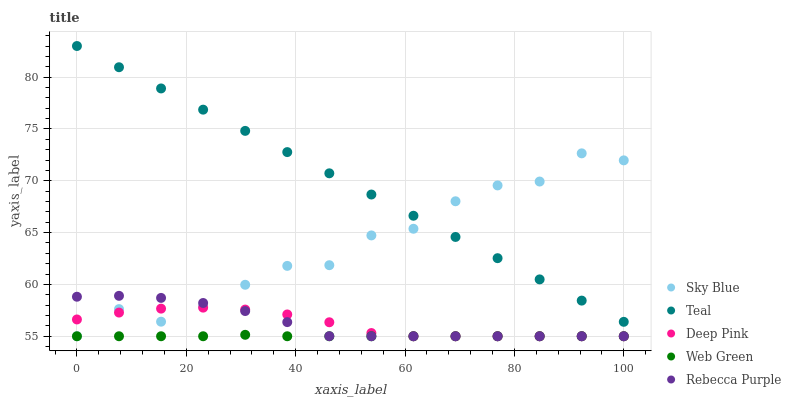
| xaxis_label | Sky Blue | Teal | Deep Pink | Web Green | Rebecca Purple |
 | --- | --- | --- | --- | --- | --- |
 | 0 | 55 | 83 | 56.6 | 55 | 58.8 |
 | 7.69 | 57.6 | 81 | 57.3 | 55 | 58.9 |
 | 15.4 | 56.4 | 78.9 | 57.7 | 55 | 58.7 |
 | 23.1 | 57.9 | 76.9 | 57.8 | 55 | 58.2 |
 | 30.8 | 60 | 74.8 | 57.6 | 55.1 | 57.4 |
 | 38.5 | 61.8 | 72.8 | 57.1 | 55 | 56.4 |
 | 46.2 | 61.9 | 70.7 | 56.3 | 55 | 55 |
 | 53.8 | 64.7 | 68.7 | 55.3 | 55 | 55 |
 | 61.5 | 65.4 | 66.6 | 55 | 55 | 55 |
 | 69.2 | 68 | 64.6 | 55 | 55 | 55 |
 | 76.9 | 69.6 | 62.5 | 55 | 55 | 55 |
 | 84.6 | 69.9 | 60.5 | 55 | 55 | 55 |
 | 92.3 | 72.6 | 58.4 | 55 | 55 | 55 |
 | 100 | 72 | 56.4 | 55 | 55 | 55 |